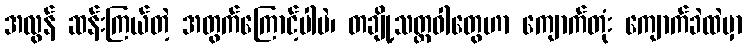
အလွန် ဆန်းကြယ်တဲ့ အတွက်ကြောင့်ပါပဲ၊ တချို့သတ္တဝါတွေဟာ ကျောက်တုံး ကျောက်ခဲထဲမှာ